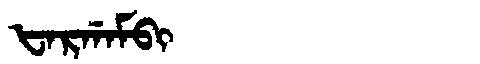
Manchu: ᡶᠠᡵᡤᠠᠮᠪᡳ
Romanization: FARGAMBI